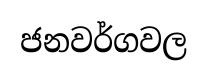
ජනවර්ගවල